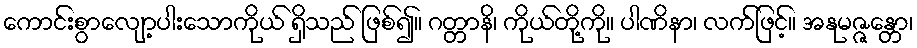
ကောင်းစွာလျော့ပါးသောကိုယ် ရှိသည် ဖြစ်၍။ ဂတ္တာနိ၊ ကိုယ်တို့ကို။ ပါဏိနာ၊ လက်ဖြင့်။ အနုမဇ္ဇန္တော၊